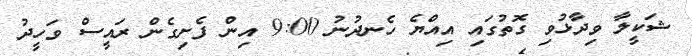
ޝަކީލާ ވިދާޅުވި ގޮތުގައި އިއްޔެ ހެނދުނު 9:00 އިން ފެށިގެން ރައީސް ވަހީދު